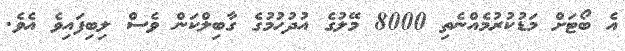
އެ ބޯޓަށް މަޑުކުުރުމެއްނެތި 8000 މޭލުގެ އުދުހުމުގެ ގާބިލްކަން ވެސް ލިބިފައިވެ އެވެ.